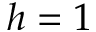
h = 1